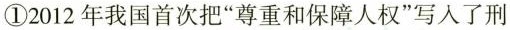
①2012 年我国首次把“尊重和保障人权”写入了刑